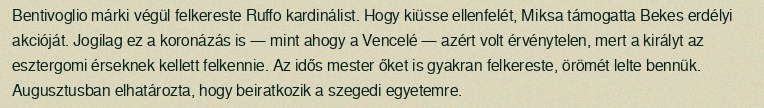
Bentivoglio márki végül felkereste Ruffo kardinálist. Hogy kiüsse ellenfelét, Miksa támogatta Bekes erdélyi akcióját. Jogilag ez a koronázás is — mint ahogy a Vencelé — azért volt érvénytelen, mert a királyt az esztergomi érseknek kellett felkennie. Az idős mester őket is gyakran felkereste, örömét lelte bennük. Augusztusban elhatározta, hogy beiratkozik a szegedi egyetemre.